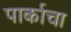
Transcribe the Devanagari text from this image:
पार्काचा